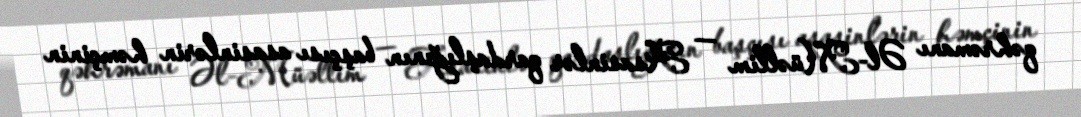
qəhrəmanı Əl-Müəllim — Asasinlər qardaşlığının başçısı asasinlərin həmçinin